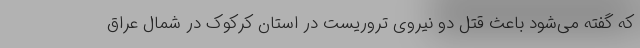
که گفته می‌شود باعث قتل دو نیروی تروریست در استان کرکوک در شمال عراق